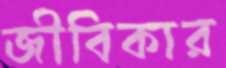
জীবিকার